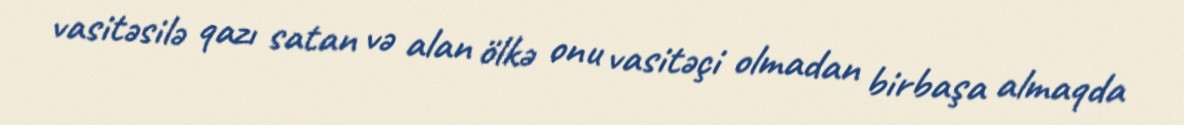
vasitəsilə qazı satan və alan ölkə onu vasitəçi olmadan birbaşa almaqda